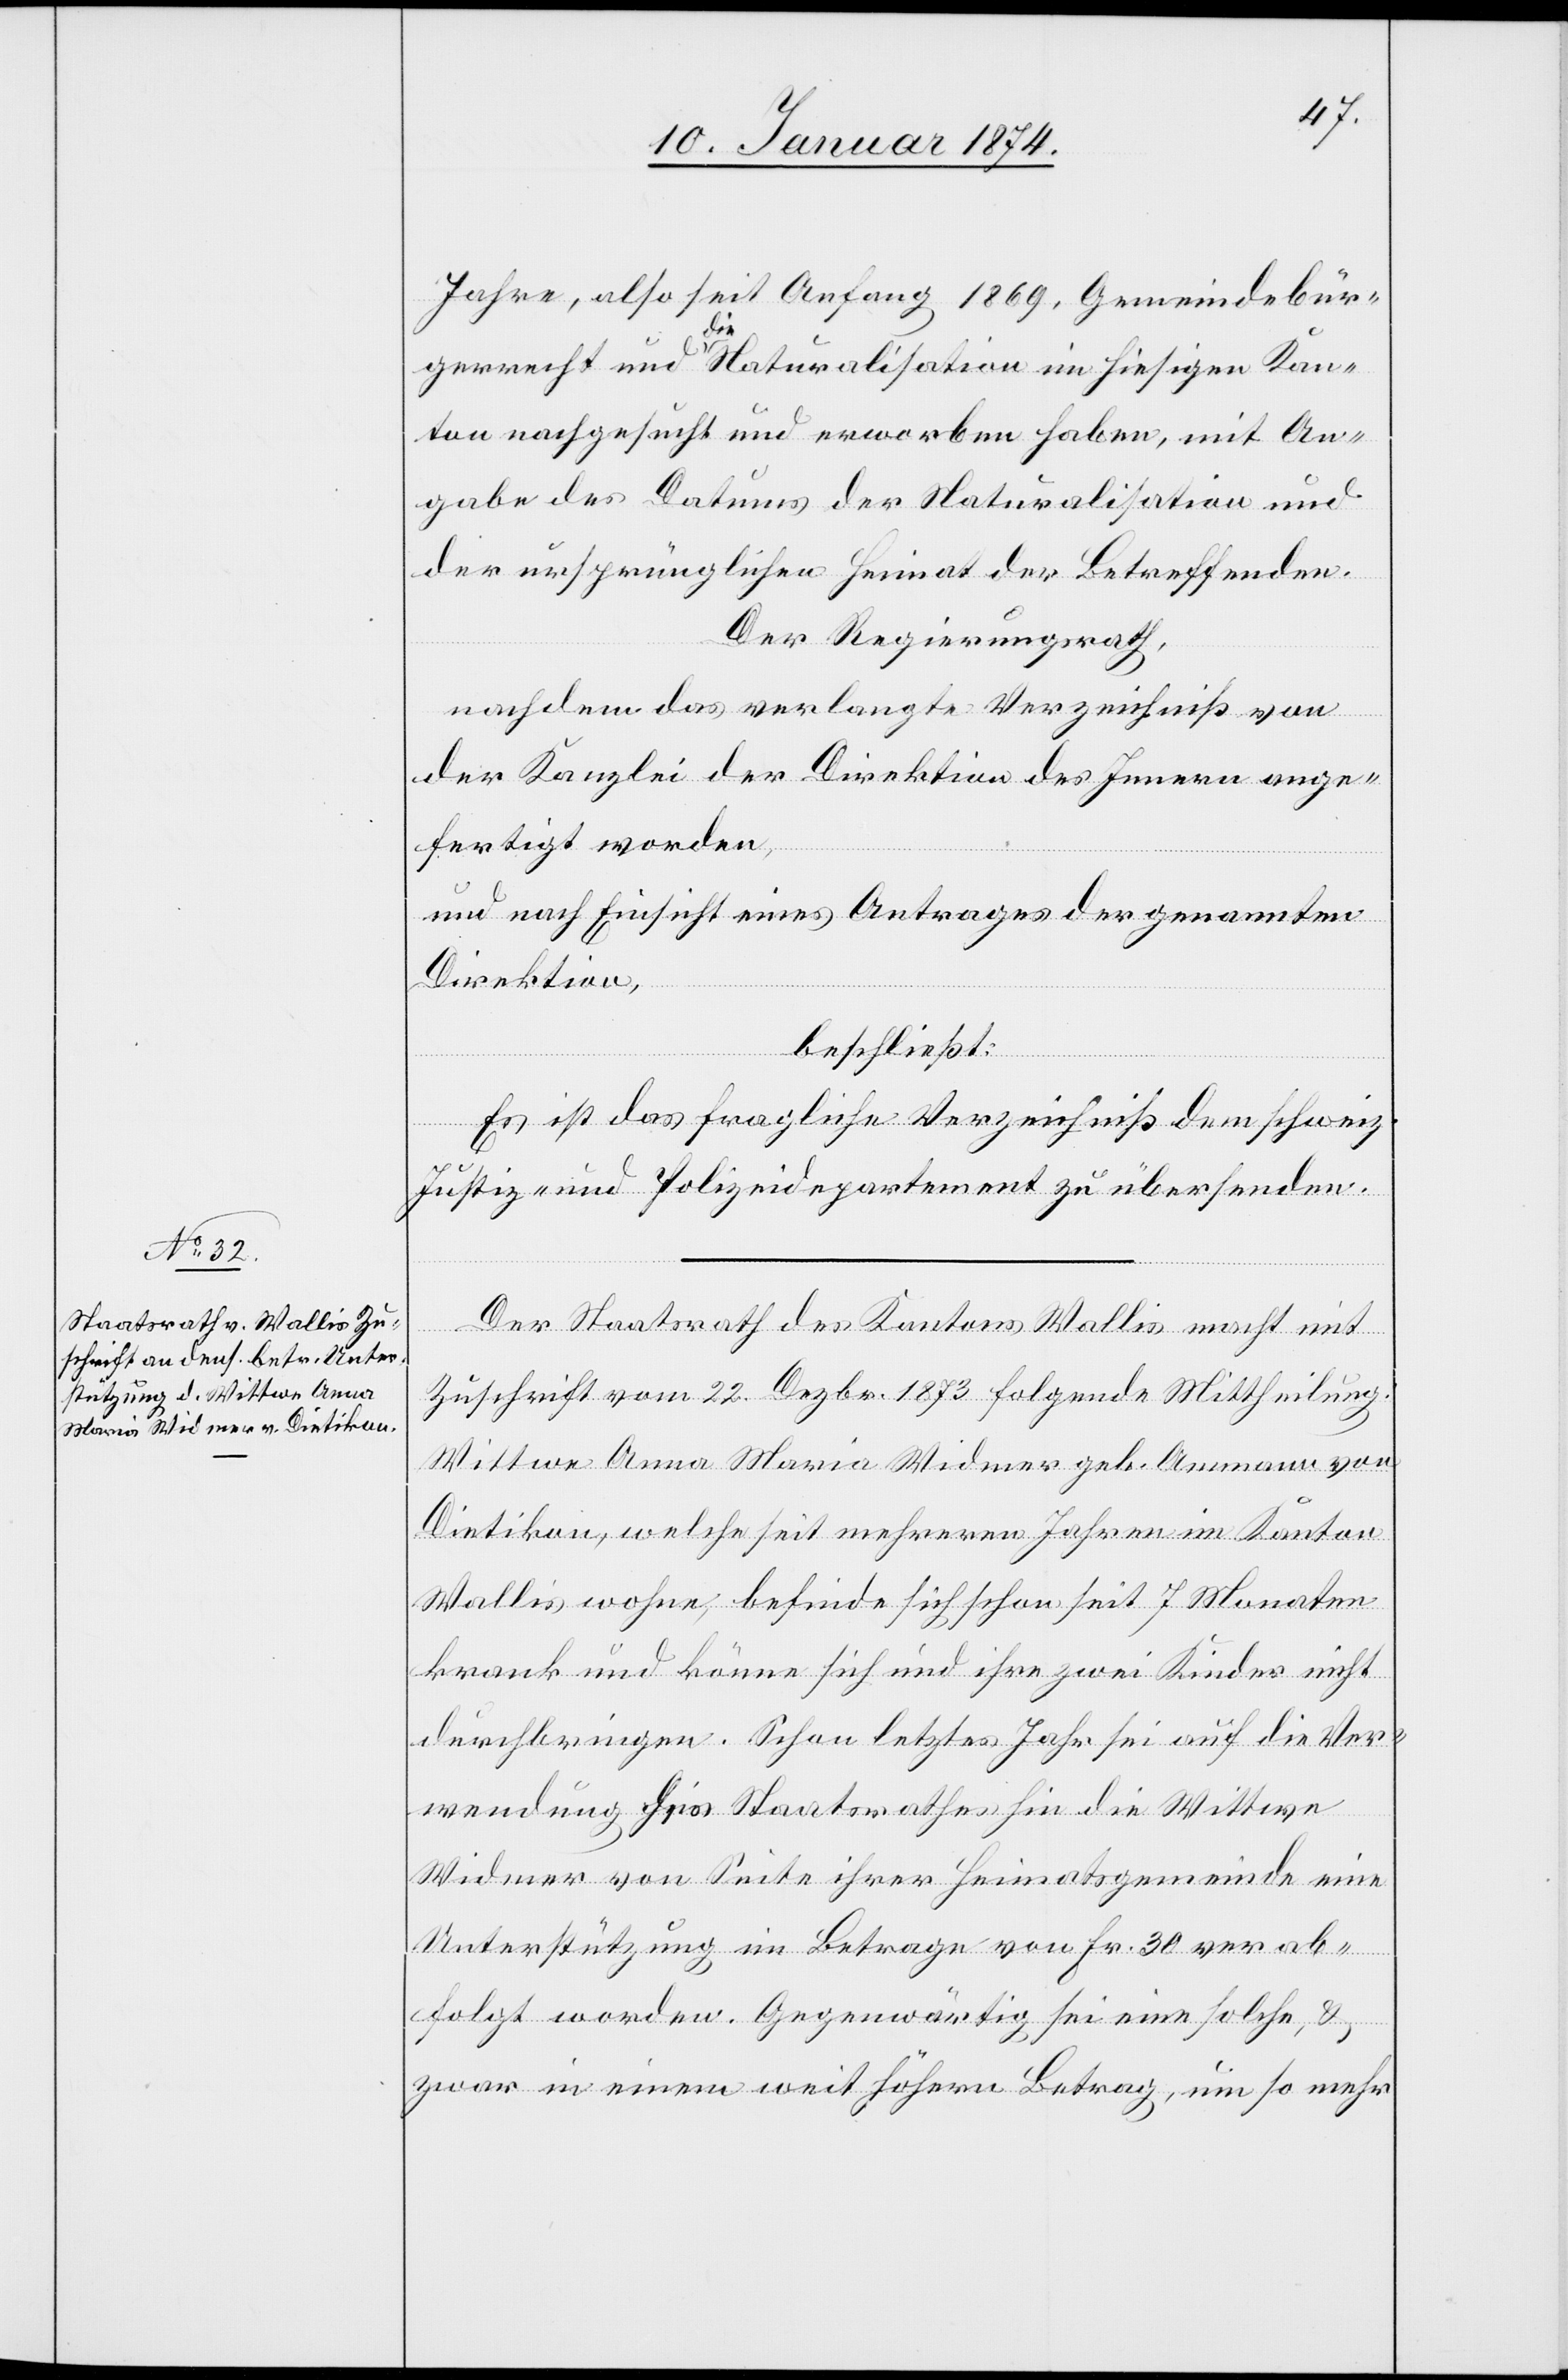
Jahre, also seit Anfang 1869, Gemeindebür¬
gerrecht und die Naturalisation im hiesigen Kan¬
ton nachgesucht und erworben haben, mit An¬
gabe des Datums der Naturalisation und
der ursprünglichen Heimat der Betreffenden.
Der Regierungsrath,
nachdem das verlangte Verzeichniß von
der Kanzlei der Direktion des Innern ange¬
fertigt worden,
und nach Einsicht eines Antrages der genannten
Direktion,
beschließt:
Es ist das fragliche Verzeichniß dem schweiz.
Justiz- und Polizeidepartement zu übersenden.
Der Staatsrath des Kantons Wallis macht mit
Zuschrift vom 22. Dezbr. 1873 folgende Mittheilung:
Wittwe Anna Maria Widmer geb. Ammann von
Dietikon, welche seit mehreren Jahren im Kanton
Wallis wohne, befinde sich schon seit 7 Monaten
krank und könne sich und ihre zwei Kinder nicht
durchbringen. Schon letztes Jahr sei auf die Ver¬
wendung des Staatsrathes hin die Wittwe
Widmer von Seite ihrer Heimatsgemeinde eine
Unterstützung im Betrage von Fr. 30 verab¬
folgt worden. Gegenwärtig sei eine solche, &
zwar in einem weit höhern Betrag, um so mehr